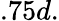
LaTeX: .75d.